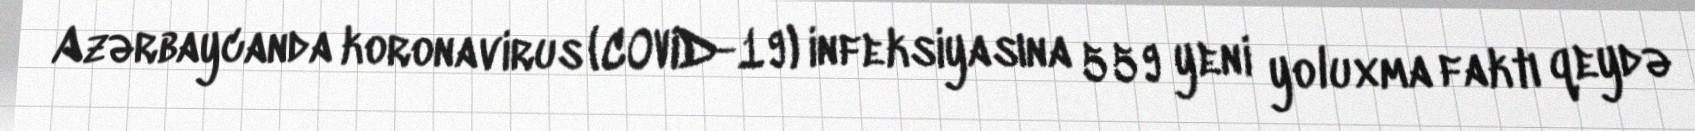
Azərbaycanda koronavirus (COVID-19) infeksiyasına 559 yeni yoluxma faktı qeydə